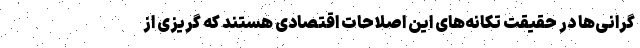
گرانی‌ها در حقیقت تکانه‌های این اصلاحات اقتصادی هستند که گریزی از